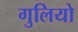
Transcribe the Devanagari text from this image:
गुलियो